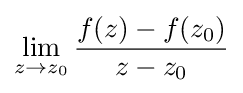
\lim _{z\to z_{0}}{f(z)-f(z_{0}) \over z-z_{0}}